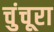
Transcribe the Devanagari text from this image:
चुंचूरा